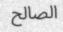
الصالح